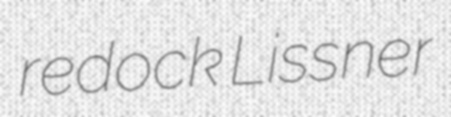
redock Lissner